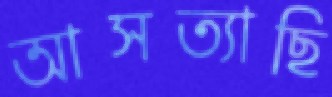
আসত্যাছি